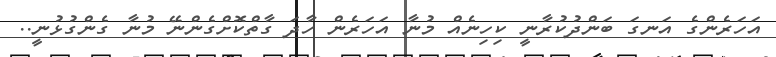
އަހަރެންގެ އަނގަ ބަންދުކުރާނީ ކިހިނެއް މުނާ އަހަރެން ހާދަ ގާތްކޮށްގެންނޭ މުނާ ގެންގުޅުނީ..